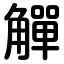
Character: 觶